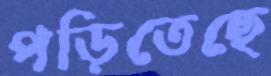
পড়িতেছে